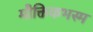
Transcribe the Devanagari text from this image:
मौक्तिकभस्म